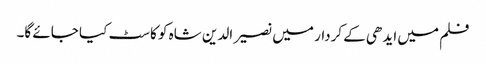
فلم میں ایدھی کے کردار میں نصیر الدین شاہ کو کاسٹ کیا جائے گا۔